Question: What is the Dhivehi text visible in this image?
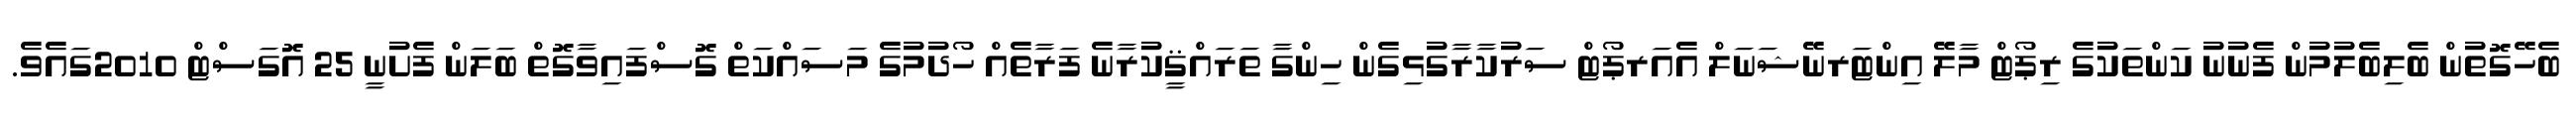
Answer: ބެހޭގޮތުން ބެލިބެލުމުން ފެނުނު ކަންތަކުގެ ރިޕޯޓް މާލޭ އިންޓަރނޭޝަނަލް އެއަރޕޯޓް ސަރުކާރާގުޅިގެން ހިންގާ ތަރައްޤީކުރާނެ ފަރާތެއް ހޯދުމުގެ މަސައްކަތް ގޮސްފައިވާގޮތް ބަލަން ފެށުނީ 25 އޮގަސްޓް 2010ގައެވެ.